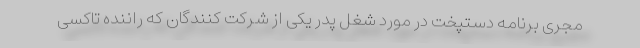
مجری برنامه دستپخت در مورد شغل پدر یکی از شرکت کنندگان که راننده تاکسی